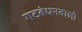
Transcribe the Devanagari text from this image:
गटबंधनवाली